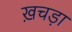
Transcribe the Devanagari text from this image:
ख़चड़ा